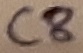
Text: C8